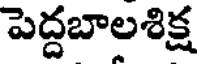
పెద్దబాలశిక్ష